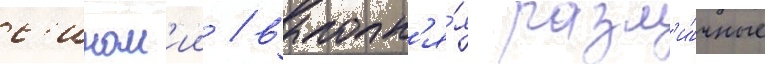
с'ином'ии / выполн'я́я разл'и́чные